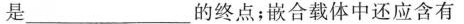
是___的终点；嵌合载体中还应含有